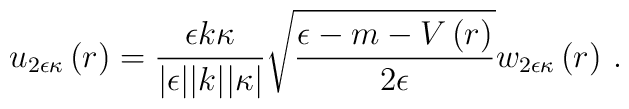
u_{2\epsilon\kappa}\left(r\right)=\frac{\epsilon k\kappa}{\vert\epsilon\vert\vert k\vert\vert\kappa\vert}\sqrt{\frac{\epsilon-m-V\left(r\right)}{2\epsilon}}w_{2\epsilon\kappa}\left(r\right)\,.